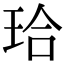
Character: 珨